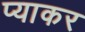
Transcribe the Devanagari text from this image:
प्याकर